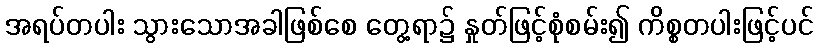
အရပ်တပါး သွားသောအခါဖြစ်စေ တွေ့ရာ၌ နှုတ်ဖြင့်စုံစမ်း၍ ကိစ္စတပါးဖြင့်ပင်